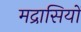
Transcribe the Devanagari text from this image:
मद्रासियों